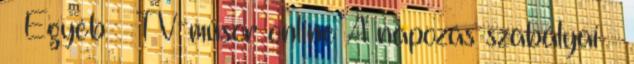
» Egyéb » TV-műsor online A napozás szabályai →